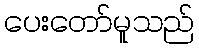
ပေးတော်မူသည်